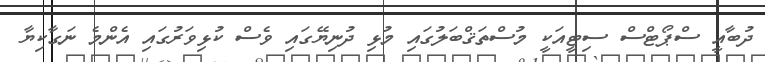
ދުބާއީ ސްޕޯޓްސް ސިޓީއަކީ މުސްތަޤްބަލުގައި މުޅި ދުނިޔޭގައި ވެސް ކުޅިވަރުގައި އެންމެ ނަގާކިޔާ